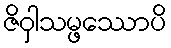
ဇိဝှါသမ္ဖဿောပိ